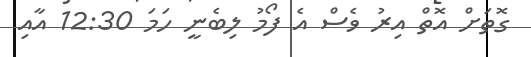
ގޮތަށް އޮތް އިރު ވެސް އެ ފޯމު ލިބެނީ ހަމަ 12:30 އާއި